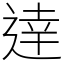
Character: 逹